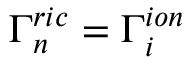
\Gamma _ { n } ^ { r i c } = \Gamma _ { i } ^ { i o n }